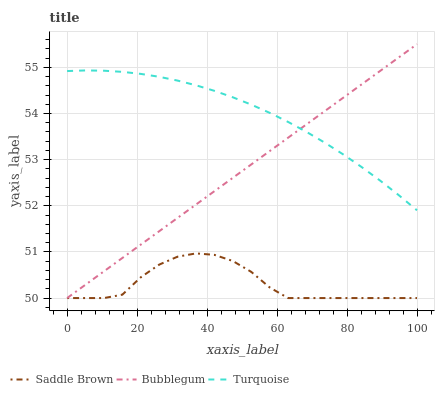
| xaxis_label | Saddle Brown | Bubblegum | Turquoise |
 | --- | --- | --- | --- |
 | 0 | 50 | 50 | 54.9 |
 | 5.26 | 50 | 50.3 | 54.9 |
 | 10.5 | 50 | 50.6 | 54.9 |
 | 15.8 | 50.1 | 50.9 | 54.9 |
 | 21.1 | 50.5 | 51.2 | 54.9 |
 | 26.3 | 50.7 | 51.4 | 54.8 |
 | 31.6 | 50.9 | 51.7 | 54.7 |
 | 36.8 | 51 | 52 | 54.6 |
 | 42.1 | 50.9 | 52.3 | 54.5 |
 | 47.4 | 50.8 | 52.6 | 54.4 |
 | 52.6 | 50.6 | 52.9 | 54.2 |
 | 57.9 | 50.2 | 53.2 | 54 |
 | 63.2 | 50 | 53.5 | 53.8 |
 | 68.4 | 50 | 53.8 | 53.6 |
 | 73.7 | 50 | 54.1 | 53.4 |
 | 78.9 | 50 | 54.3 | 53.1 |
 | 84.2 | 50 | 54.6 | 52.8 |
 | 89.5 | 50 | 54.9 | 52.5 |
 | 94.7 | 50 | 55.2 | 52.2 |
 | 100 | 50 | 55.5 | 51.9 |